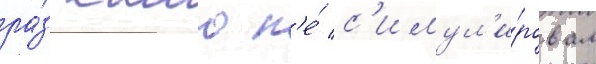
ра́з камо н'е́ с'имул'и́ровал